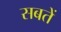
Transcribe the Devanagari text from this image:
सबतें